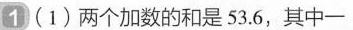
1 (1)两个加数的和是53.6，其中一